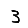
Digit: 3